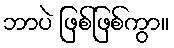
ဘာပဲ ဖြစ်ဖြစ်ကွာ။